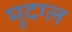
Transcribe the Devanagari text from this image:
मुदग्ल